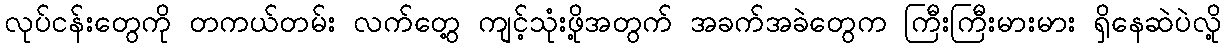
လုပ်ငန်းတွေကို တကယ်တမ်း လက်တွေ့ ကျင့်သုံးဖို့အတွက် အခက်အခဲတွေက ကြီးကြီးမားမား ရှိနေဆဲပဲလို့